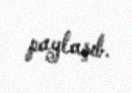
paylaşıb.